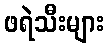
ဖရဲသီးများ